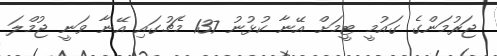
ޖަރުމަންގެ ގައުމީ ޓީމަށް އޭނާ ކުޅުނު 137 މެޗުގައި އޭނާ ވަނީ ޖުމްލަ